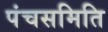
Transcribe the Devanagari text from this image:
पंचसमिति